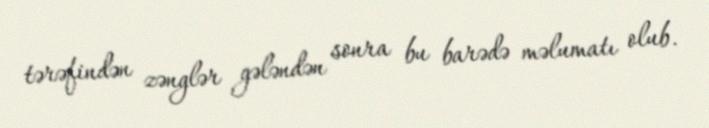
tərəfindən zənglər gələndən sonra bu barədə məlumatı olub.